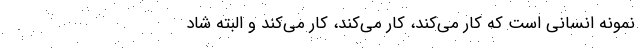
نمونه انسانی است که کار می‌کند، کار می‌کند، کار می‌کند و البته شاد